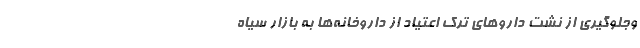
وجلوگیری از نشت دارو‌های ترک اعتیاد از داروخانه‌ها به بازار سیاه